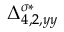
{ \Delta } _ { 4 , 2 , y y } ^ { \sigma * }